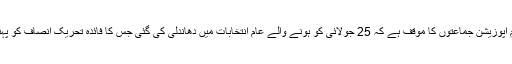
تمام اپوزیشن جماعتوں کا مؤقف ہے کہ 25 جولائی کو ہونے والے عام انتخابات میں دھاندلی کی گئی جس کا فائدہ تحریکِ انصاف کو پہنچا۔